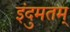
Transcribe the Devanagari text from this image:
इंदुमतम्